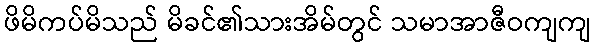
ဖိမိကပ်မိသည် မိခင်၏သားအိမ်တွင် သမာအာဇီဝကျကျ